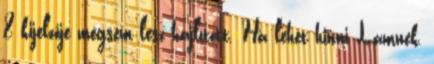
8 kijelzője mégsem lesz hajlított. Ha lehet hinni Lamnek,